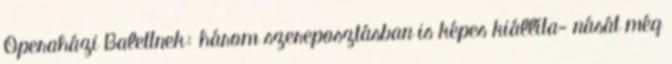
Operaházi Balettnek: három szereposztásban is képes kiállíta- nását még